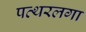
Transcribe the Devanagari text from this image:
पत्थरलगा